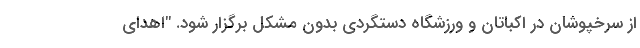
از سرخپوشان در اکباتان و ورزشگاه دستگردی بدون مشکل برگزار شود. "اهدای